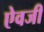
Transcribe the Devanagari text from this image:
एेवजी